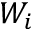
W _ { i }